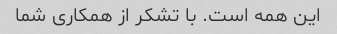
این همه است. با تشکر از همکاری شما